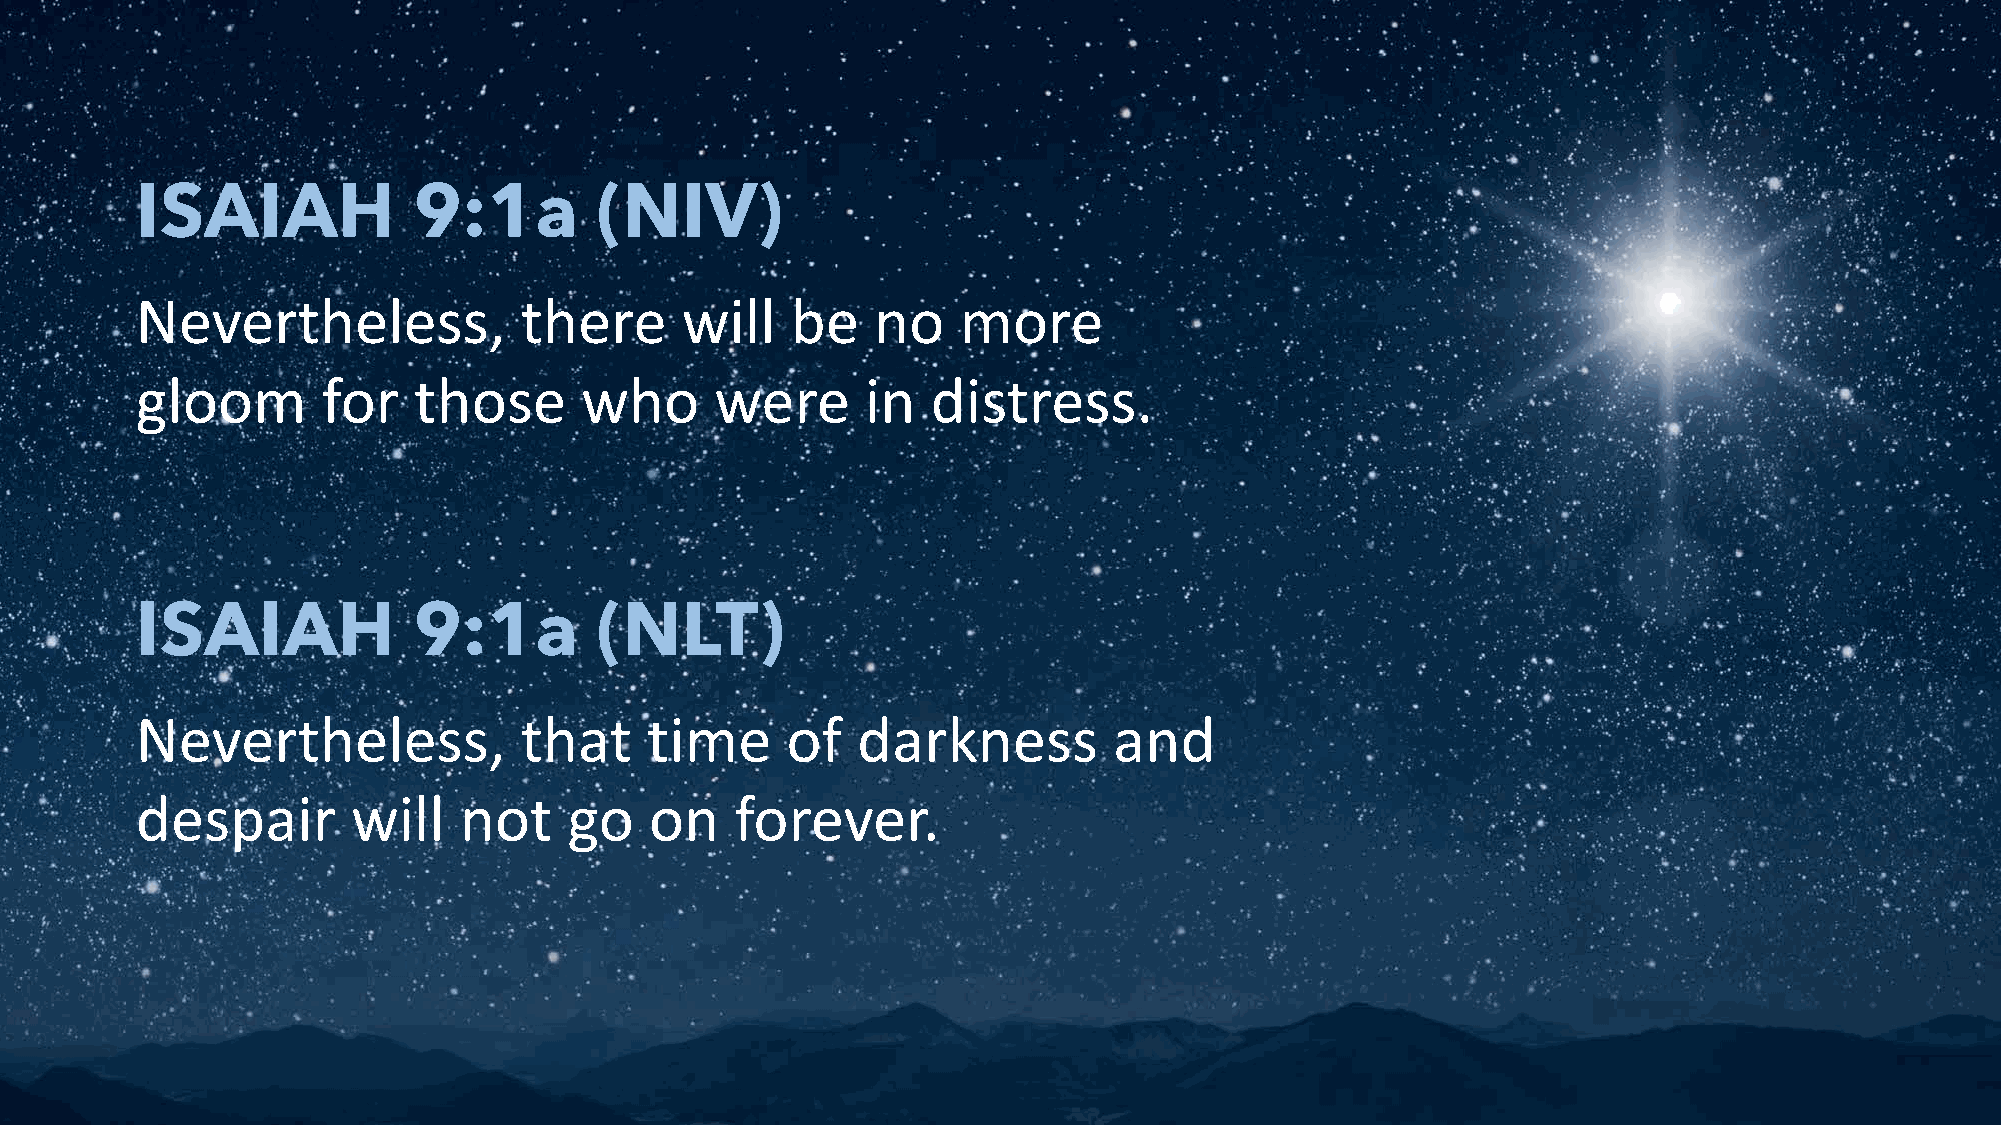
ISAIAH            9:1a        (NIV)
 Nevertheless,            there      will   be    no   more
 gloom       for   those      who      were      in   distress.
 ISAIAH            9:1a        (NLT)
 Nevertheless,            that     time     of   darkness         and
 despair       will   not     go   on    forever.